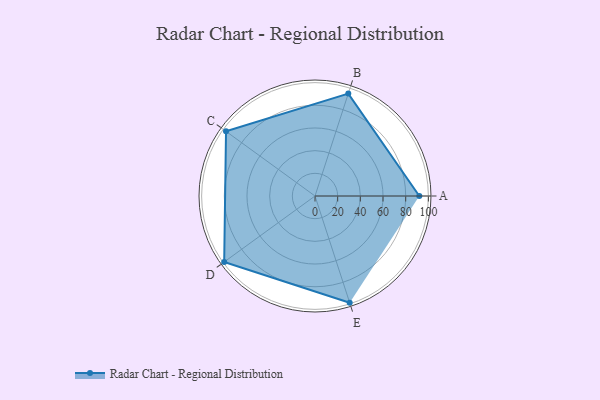
{"axis": {"x": "Skill", "y": "Score"}, "legend": ["Profile"], "data": [{"x": "A", "y": 92.0, "type": "Profile"}, {"x": "B", "y": 95.0, "type": "Profile"}, {"x": "C", "y": 97.0, "type": "Profile"}, {"x": "D", "y": 99, "type": "Profile"}, {"x": "E", "y": 99, "type": "Profile"}]}